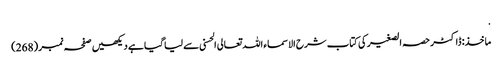
.
ماخذ: ڈاکٹر حصہ الصغیر کی کتاب شرح الاسماء اللہ تعالی الحسنی سے لیا گیا ہے دیکھیں صفحہ نمبر (268)